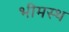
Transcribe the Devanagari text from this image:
भीमस्थ